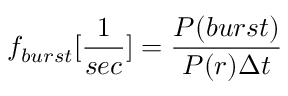
f _ { b u r s t } [ \frac { 1 } { s e c } ] = \frac { P ( b u r s t ) } { P ( r ) \Delta t }